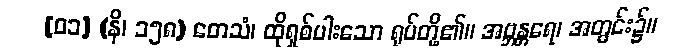
[၀၁] (နိ၊ ၁၅၈) တေသံ၊ ထိုရှစ်ပါးသော ရုပ်တို့၏။ အဗ္ဘန္တရေ၊ အတွင်း၌။